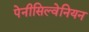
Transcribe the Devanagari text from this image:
पेनीसिल्वेनियन